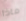
ماذا